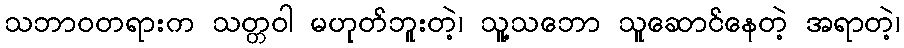
သဘာဝတရားက သတ္တဝါ မဟုတ်ဘူးတဲ့၊ သူ့သဘော သူဆောင်နေတဲ့ အရာတဲ့၊